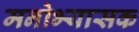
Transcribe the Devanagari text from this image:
मनोभ्यासक